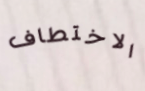
الاختطاف